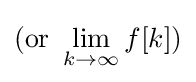
{\text{(or }}\lim _{k\to \infty }f[k])